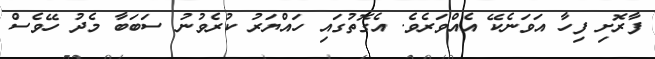
ފާރޮށި ފިހާ އަވަނެކޭ އެއްވަރެވެ. އެގޮތުގައި ހައްޔަރު ކުރެވުނު ސަބަބާ މެދު ހޭވެސް